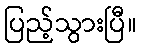
ပြည့်သွားပြီ။